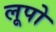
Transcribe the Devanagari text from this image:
लूपो